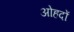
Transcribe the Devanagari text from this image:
अोहदों